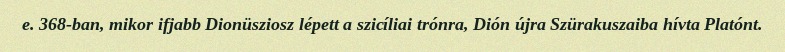
e. 368-ban, mikor ifjabb Dionüsziosz lépett a szicíliai trónra, Dión újra Szürakuszaiba hívta Platónt.